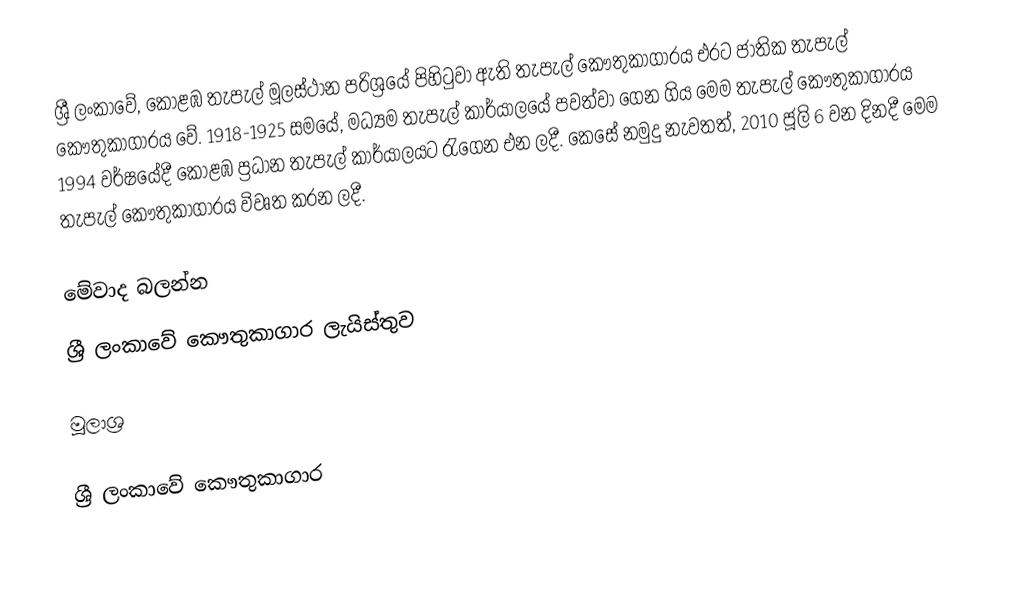
ශ්‍රී ලංකාවේ, කොළඹ තැපැල් මූලස්ථාන පරිශ්‍රයේ පිහිටුවා ඇති තැපැල් කෞතුකාගාරය එරට ජාතික තැපැල් කෞතුකාගාරය වේ. 1918-1925 සමයේ, මධ්‍යම තැපැල් කාර්යාලයේ පවත්වා ගෙන ගිය මෙම තැපැල් කෞතුකාගාරය 1994 වර්ෂයේදී කොළඹ  ප්‍රධාන තැපැල් කාර්යාලයට රැගෙන එන ලදී. කෙසේ නමුදු නැවතත්, 2010 ජූලි 6 වන දිනදී මෙම තැපැල් කෞතුකාගාරය විවෘත කරන ලදී.

මේවාද බලන්න
ශ්‍රී ලංකාවේ කෞතුකාගාර ලැයිස්තුව

මූලාශ්‍ර

ශ්‍රී ලංකාවේ කෞතුකාගාර